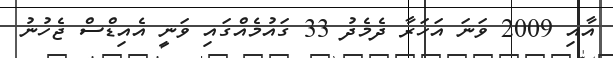
އާއި 2009 ވަނަ އަހަރާ ދެމެދު 33 ގައުމެއްގައި ވަނީ އެއިޑްސް ޖެހުނު